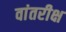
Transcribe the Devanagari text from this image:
वांतरीक्ष